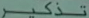
تذکر